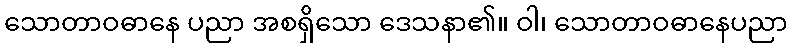
သောတာဝဓာနေ ပညာ အစရှိသော ဒေသနာ၏။ ဝါ၊ သောတာဝဓာနေပညာ